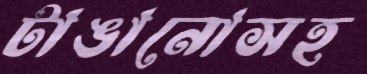
টাঙানোসহ